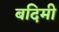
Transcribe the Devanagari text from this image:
बदिमी